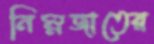
নিম্নজাতের